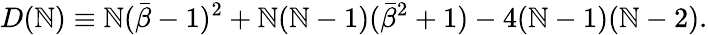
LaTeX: D(\mathbb{N})\equiv\mathbb{N}({\bar{{\beta}}}-1)^{2}+\mathbb{N}(\mathbb{N}-1)({\bar{{\beta}}}^{2}+1)-4(\mathbb{N}-1)(\mathbb{N}-2).